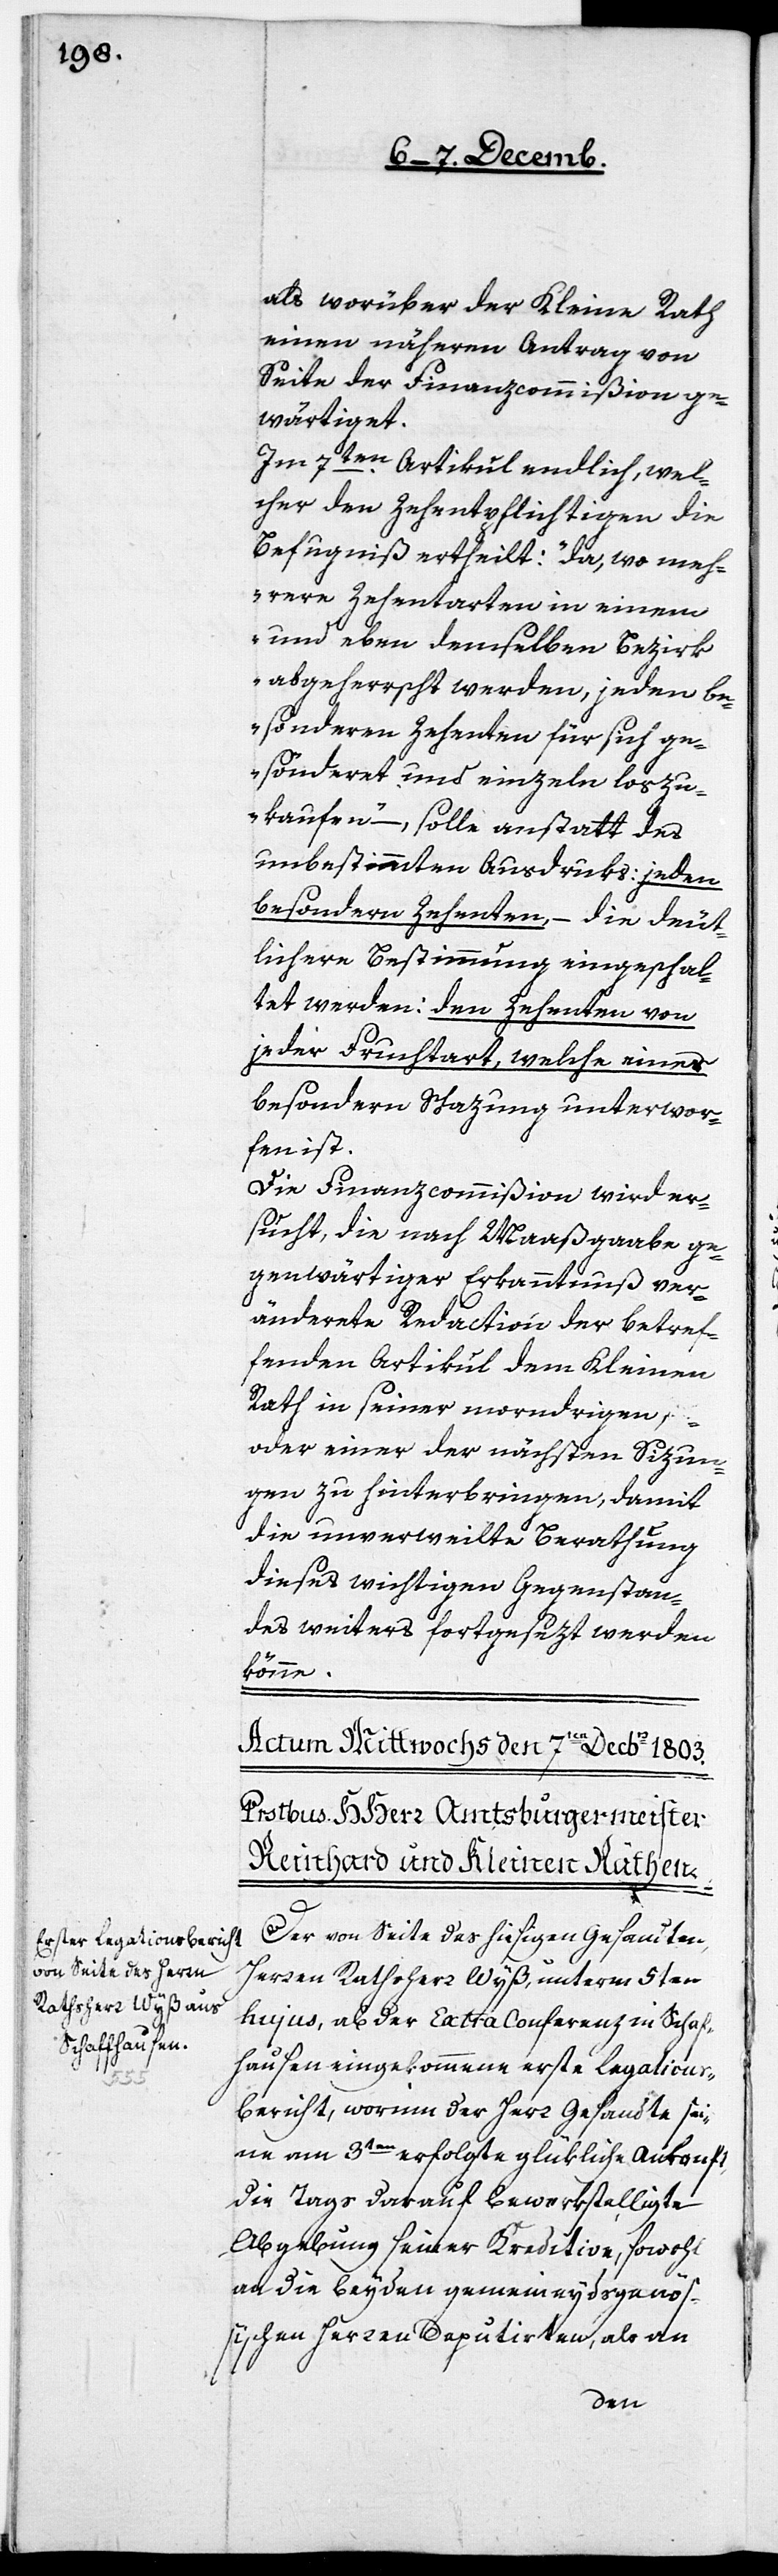
tion¬

als worüber der Kleine Rath
einen näheren Antrag von
Seite der Finanzcommißion ge¬
wärtiget.
Im 7ten. Artikul endlich, wel¬
cher den Zehentpflichtigen die
Befugniß ertheilt: „da, wo meh¬
rere Zehentarten in einem
und eben demselben Bezirk
abgeherrscht werden, jeden be¬
sonderen Zehenten für sich g¬
esönderet und einzeln loszu¬
kaufen“ –, solle anstatt des
unbestimmten Ausdruks: jeden
besondern Zehenten, – die deut¬
lichere Bestimmung eingeschal¬
tet werden: den Zehenten von
jeder Fruchtart, welche einer
besonderen Schazung unterwor¬
fen ist.
Die Finanzcommißion wird er¬
sucht, die nach Maaßgaabe ge¬
genwärtiger Erkanntnuß ver¬
änderte Redaction der betref¬
fenden Artikul dem Kleinen
Rath in seiner morndrigen,
oder einer der nächsten Sizun¬
gen zu hinterbringen, damit
die unverweilte Berathung
dieses wichtigen Gegenstan¬
des weiters fortgesezt werden
könne.
Der von Seite des hiesigen Gesandten,
Herren Rathsherr Wyß, unterm 5ten
hujus, ab der Extra Conferenz in Schafhau¬
sbericht, worinn der Herr Gesandte sei¬
ne am 3ten erfolgte glükliche Auskonft,
die Tags darauf bewerkstelligte
Abgebung seiner Kreditive, sowohl
an die beyden gemeineydsgenö¬
ßischen Herren Deputirten, als an
sen